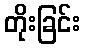
တိုးခြင်း